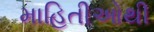
માહિતીઓથી